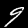
Label: 9